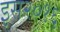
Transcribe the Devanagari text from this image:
इस२०१६